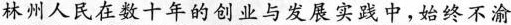
林州人民在数十年的创业与发展实践中，始终不渝